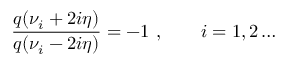
\frac { q ( \nu _ { i } + 2 i \eta ) } { q ( \nu _ { i } - 2 i \eta ) } = - 1 ~ , \qquad i = 1 , 2 \dots